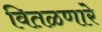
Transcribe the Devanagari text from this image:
वितळणारे